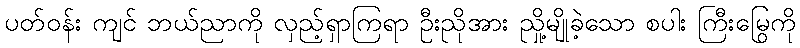
ပတ်ဝန်း ကျင် ဘယ်ညာကို လှည့်ရှာကြရာ ဦးညိုအား ညှို့မျိုခဲ့သော စပါး ကြီးမြွေကို